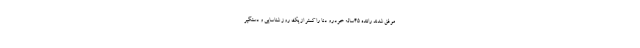
موفق شدند راننده ۴۵ساله خودرو دنا را کمتر از یک روز شناسایی و دستگیر